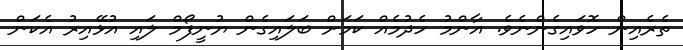
ތެރެއިން ހޮވައިގެންނެވެ. އާންމު ހެދުމެއް ކަމަށް ބަލައިގެން ޔުނީފޯމް ލައި އުޅޭއިރު އެކަން